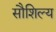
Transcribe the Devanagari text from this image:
सौशिल्य